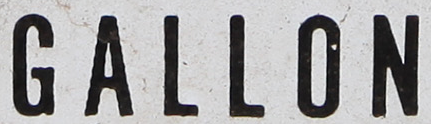
GALLON